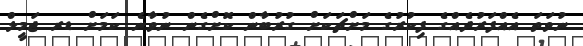
ނުވަތަ އެއްފަރުދެއްގެ ފިކުރުގެ މަށްޗަކަށް ގުރުބާން ކޮށްގެން ނުވާނެ ކަމަށް ޑރ ޖަމީލް